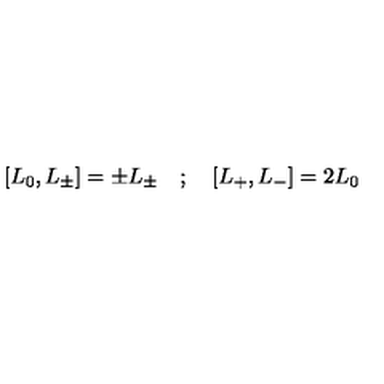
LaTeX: \left[ L _ { 0 } , L _ { \pm } \right] = \pm L _ { \pm } \quad ; \quad \left[ L _ { + } , L _ { - } \right] = 2 L _ { 0 }